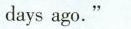
days ago."